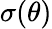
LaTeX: \sigma(\theta)